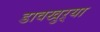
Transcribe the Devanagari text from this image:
डावखुऱ्या